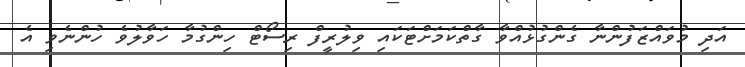
އަދި މުވައްޒަފުންނާ ގެންގުޅުއްވާ ގާތްކަމަށްޓަކައި ވިލުރީފް ރިސޯޓް ހިންގުމާ ހަވާލުވެ ހުންނެވި އެ